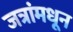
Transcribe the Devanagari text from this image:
जत्रांमधून